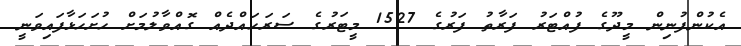
އެކުންފުނިން މީދޫގެ ފުއްޓަރު ފަރާތު ފަރުގެ 1527 މީޓަރުގެ ސަރަހައްދެއް ގޮއްވާލުމަށް ހުށަހަޅާފައިވަނީ